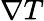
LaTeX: \mathbf{\nabla}T